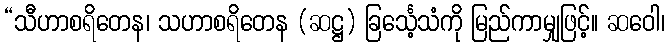
“သီဟာစရိတေန၊ သဟာစရိတေန (ဆဋ္ဌ) ခြင်္သေ့သံကို မြည်ကာမျှဖြင့်။ ဆဝေါ၊